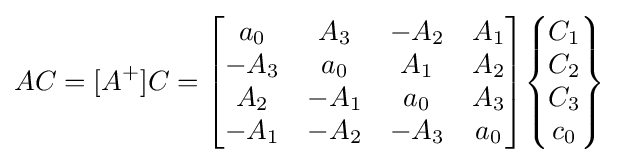
AC=[A^{+}]C={\begin{bmatrix}a_{0}&A_{3}&-A_{2}&A_{1}\\-A_{3}&a_{0}&A_{1}&A_{2}\\A_{2}&-A_{1}&a_{0}&A_{3}\\-A_{1}&-A_{2}&-A_{3}&a_{0}\end{bmatrix}}{\begin{Bmatrix}C_{1}\\C_{2}\\C_{3}\\c_{0}\end{Bmatrix}}